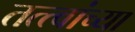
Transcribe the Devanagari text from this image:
तत्‍त्वांच्या